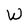
Character: W